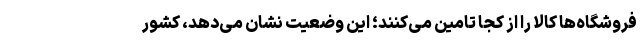
فروشگاه‌ها کالا را از کجا تامین می‌کنند؛ این وضعیت نشان می‌دهد، کشور